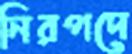
নিরপদে